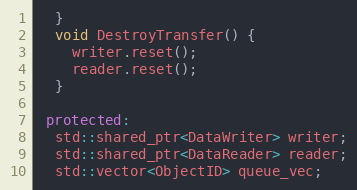
Language: C++
  }
  void DestroyTransfer() {
    writer.reset();
    reader.reset();
  }

 protected:
  std::shared_ptr<DataWriter> writer;
  std::shared_ptr<DataReader> reader;
  std::vector<ObjectID> queue_vec;